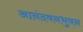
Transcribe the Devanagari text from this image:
आनंदवनभुवन